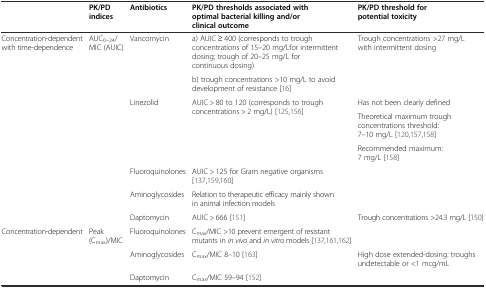
<table><thead><tr><td></td><td><b>PK/PD indices</b></td><td><b>Antibiotics</b></td><td><b>PK/PD thresholds associated with optimal bacterial killing and/or clinical outcome</b></td><td><b>PK/PD threshold for potential toxicity</b></td></tr></thead><tbody><tr><td rowspan="8">Concentration-dependent with time-dependence</td><td rowspan="8">AUC<sub>0–24</sub>/MIC (AUIC)</td><td rowspan="2">Vancomycin</td><td>a) AUIC ≥ 400 (corresponds to trough concentrations of 15–20 mg/Lfor intermittent dosing; trough of 20–25 mg/L for continuous dosing)</td><td rowspan="2">Trough concentrations &gt;27 mg/L with intermittent dosing</td></tr><tr><td>b) trough concentrations &gt;10 mg/L to avoid development of resistance [16]</td></tr><tr><td rowspan="3">Linezolid</td><td rowspan="3">AUIC &gt; 80 to 120 (corresponds to trough concentrations &gt; 2 mg/L) [125, 156]</td><td>Has not been clearly defined</td></tr><tr><td>Theoretical maximum trough concentrations threshold: 7–10 mg/L [120, 157, 158]</td></tr><tr><td>Recommended maximum: 7 mg/L [158]</td></tr><tr><td>Fluoroquinolones</td><td>AUIC &gt; 125 for Gram negative organisms [137, 159, 160]</td><td></td></tr><tr><td>Aminoglycosides</td><td>Relation to therapeutic efficacy mainly shown in animal infection models</td><td></td></tr><tr><td>Daptomycin</td><td>AUIC &gt; 666 [151]</td><td>Trough concentrations &gt;24.3 mg/L [150]</td></tr><tr><td rowspan="3">Concentration-dependent</td><td rowspan="3">Peak (C<sub>max</sub>)/MIC</td><td>Fluoroquinolones</td><td>C<sub>max</sub>/MIC &gt;10 prevent emergent of resistant mutants in <i>in vivo</i> and <i>in vitro</i> models [137, 161, 162]</td><td></td></tr><tr><td>Aminoglycosides</td><td>C<sub>max</sub>/MIC 8–10 [163]</td><td>High dose extended-dosing: troughs undetectable or &lt;1 mcg/mL</td></tr><tr><td>Daptomycin</td><td>C<sub>max</sub>/MIC 59–94 [152]</td><td></td></tr></tbody></table>